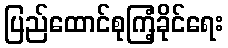
ပြည်ထောင်စုကြံ့ခိုင်ရေး